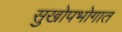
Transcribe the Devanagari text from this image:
सुखोपभोगात